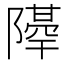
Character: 𨼣